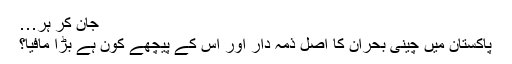
جان کر ہر…
پاکستان میں چینی بحران کا اصل ذمہ دار اور اس کے پیچھے کون ہے بڑا مافیا؟